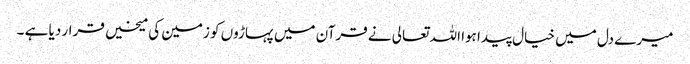
میرے دل میں خیال پیدا ہوا اللہ تعالی نے قرآن میں پہاڑوں کو زمین کی میخیں قرار دیا ہے ۔